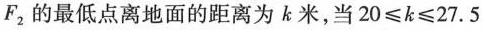
F_{2}的最低点离地面的距离为k米，当$$20\leqslant k\leqslant 27.5$$